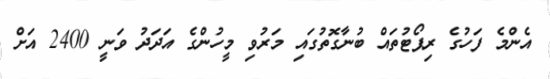
އެންމެ ފަހުގެ ރިޕޯޓުތައް ބުނާގޮތުގައި މަރުވި މީހުންގެ އަދަދު ވަނީ 2400 އަށް